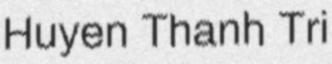
Huyen Thanh Tri